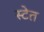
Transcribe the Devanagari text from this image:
स्टेत